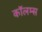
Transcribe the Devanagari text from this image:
कॉलम्स